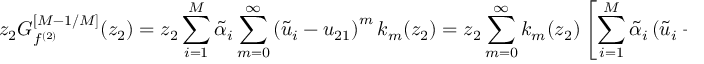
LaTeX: z _ { 2 } { \cal G } _ { f ^ { ( 2 ) } } ^ { [ M - 1 / M ] } ( z _ { 2 } ) = z _ { 2 } \sum _ { i = 1 } ^ { M } { \tilde { \alpha } } _ { i } \sum _ { m = 0 } ^ { \infty } \left( { \tilde { u } } _ { i } - u _ { 2 1 } \right) ^ { m } k _ { m } ( z _ { 2 } ) = z _ { 2 } \sum _ { m = 0 } ^ { \infty } k _ { m } ( z _ { 2 } ) \left[ \sum _ { i = 1 } ^ { M } { \tilde { \alpha } } _ { i } \left( { \tilde { u } } _ { i } - u _ { 2 1 } \right) ^ { m } \right] \ .